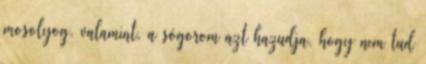
mosolyog. valamint, a sógorom azt hazudja, hogy nem tud